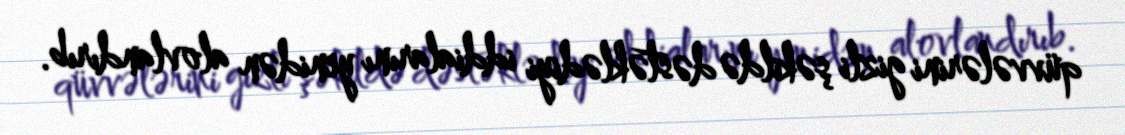
qüvvələrini gizli şəkildə dəstəklədiyi iddialarını yenidən alovlandırıb.